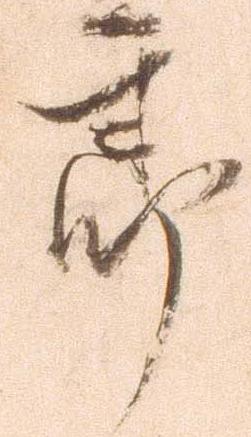
郎